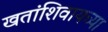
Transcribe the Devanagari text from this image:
खतांशिवायच्या